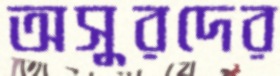
অসুরদের